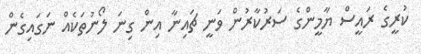
ކުރީގެ ރައީސް ޔާމީންގެ ސަރުކާރުން ވަނީ ޗައިނާ އިން ގިނަ ލޯނުތަކެއް ނަގައިގެން